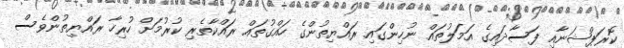
ކޮރަޕްޝަނާއި ފަސާދައިގެ އަމަލުތައް ނުހިންގައި ރައްޔިތުންގެ ހައްގުތައް ރައްކާތެރި ކުރުމަށް ހުރިހާ ރައްޔިތުންވެސް